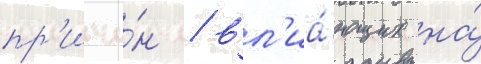
пр'ичи́н / вл'иа́ющих на́